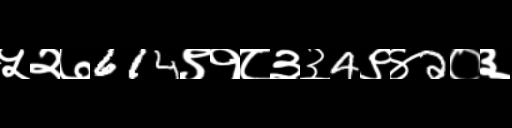
Text: ५२७614९१८३३4९४2०३